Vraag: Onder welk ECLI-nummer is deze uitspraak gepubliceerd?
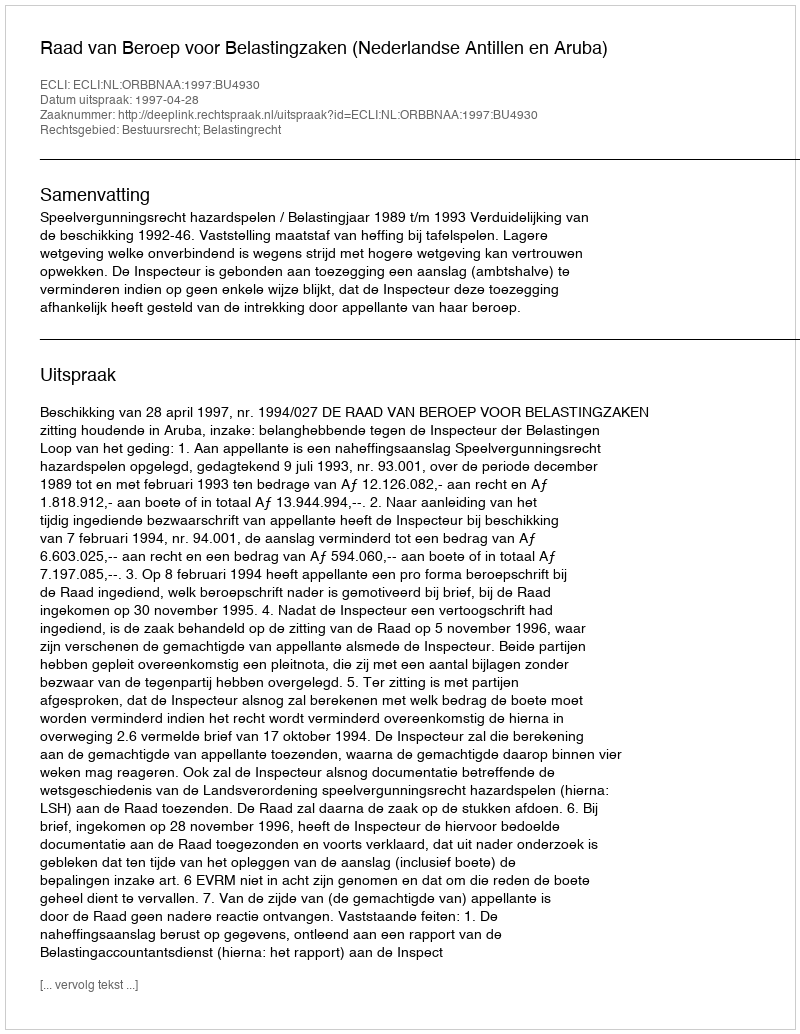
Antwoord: ECLI:NL:ORBBNAA:1997:BU4930